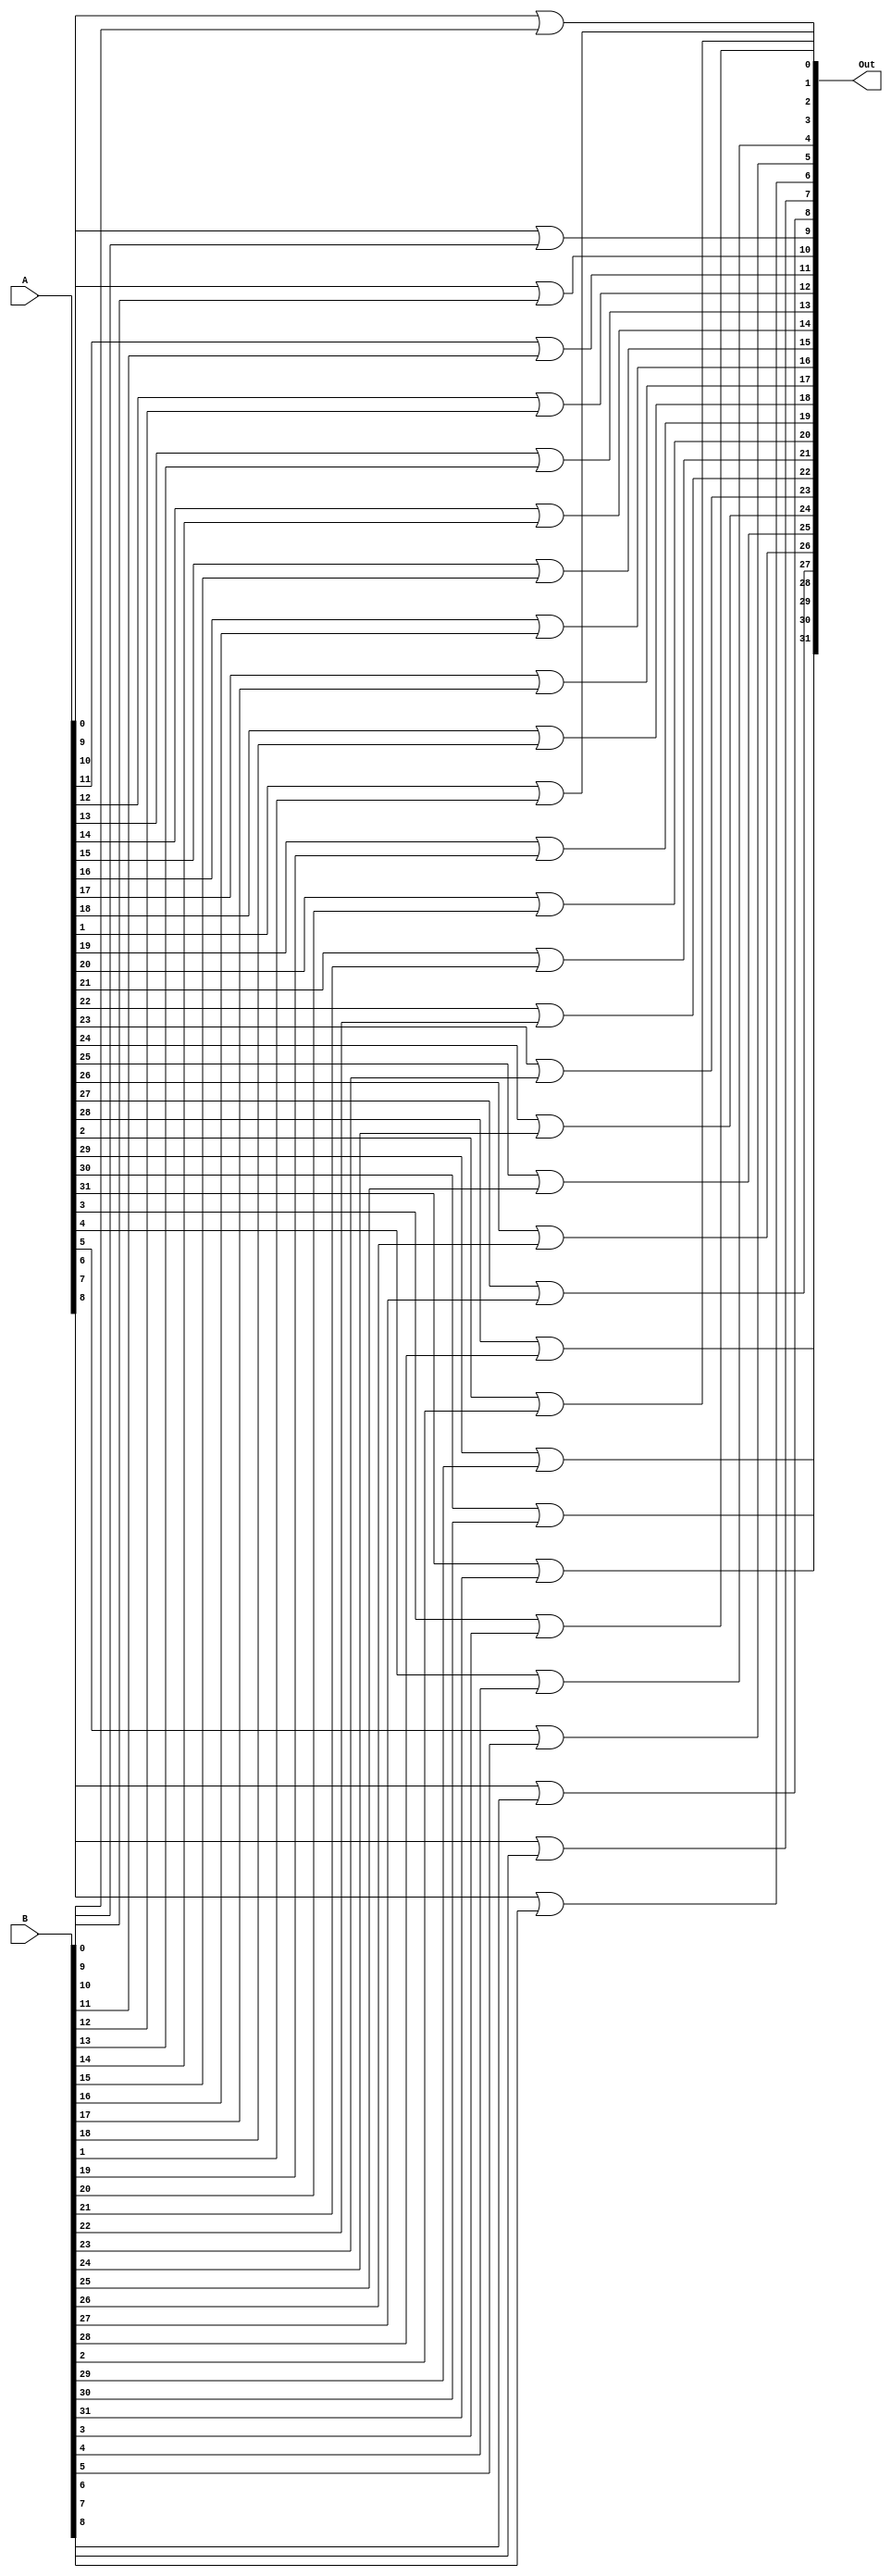
module bitwise_or(A, B, Out);
	
	input [31:0] A, B;
	output [31:0] Out;
	
	genvar i;
	
	generate
		for(i = 0; i < 32; i = i + 1) begin : or_block
			or or1(Out[i], A[i], B[i]);
		end
	endgenerate
	

endmodule